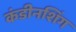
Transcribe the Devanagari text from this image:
कंडीनशिंग